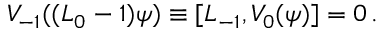
V _ { - 1 } ( ( L _ { 0 } - 1 ) \psi ) \equiv [ L _ { - 1 } , V _ { 0 } ( \psi ) ] = 0 \, .